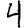
Digit: 4